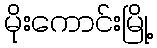
မိုးကောင်းမြို့